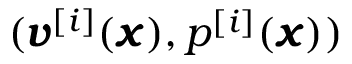
( { \pmb v } ^ { [ i ] } ( { \pmb x } ) , p ^ { [ i ] } ( { \pmb x } ) )